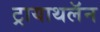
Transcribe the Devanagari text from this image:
ट्रायाथलॅन